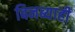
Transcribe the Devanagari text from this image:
बिनब्याही